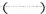
( )